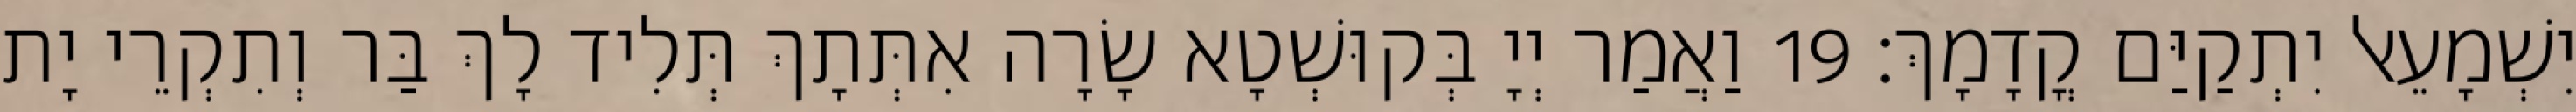
יִשְׁמָעֵאל יִתְקַיַּם קֳדָמָךְ׃ 19 וַאֲמַר יְיָ בְּקוּשְׁטָא שָׂרָה אִתְּתָךְ תְּלִיד לָךְ בַּר וְתִקְרֵי יָת